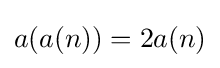
a(a(n))=2a(n)